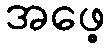
အဖေ့